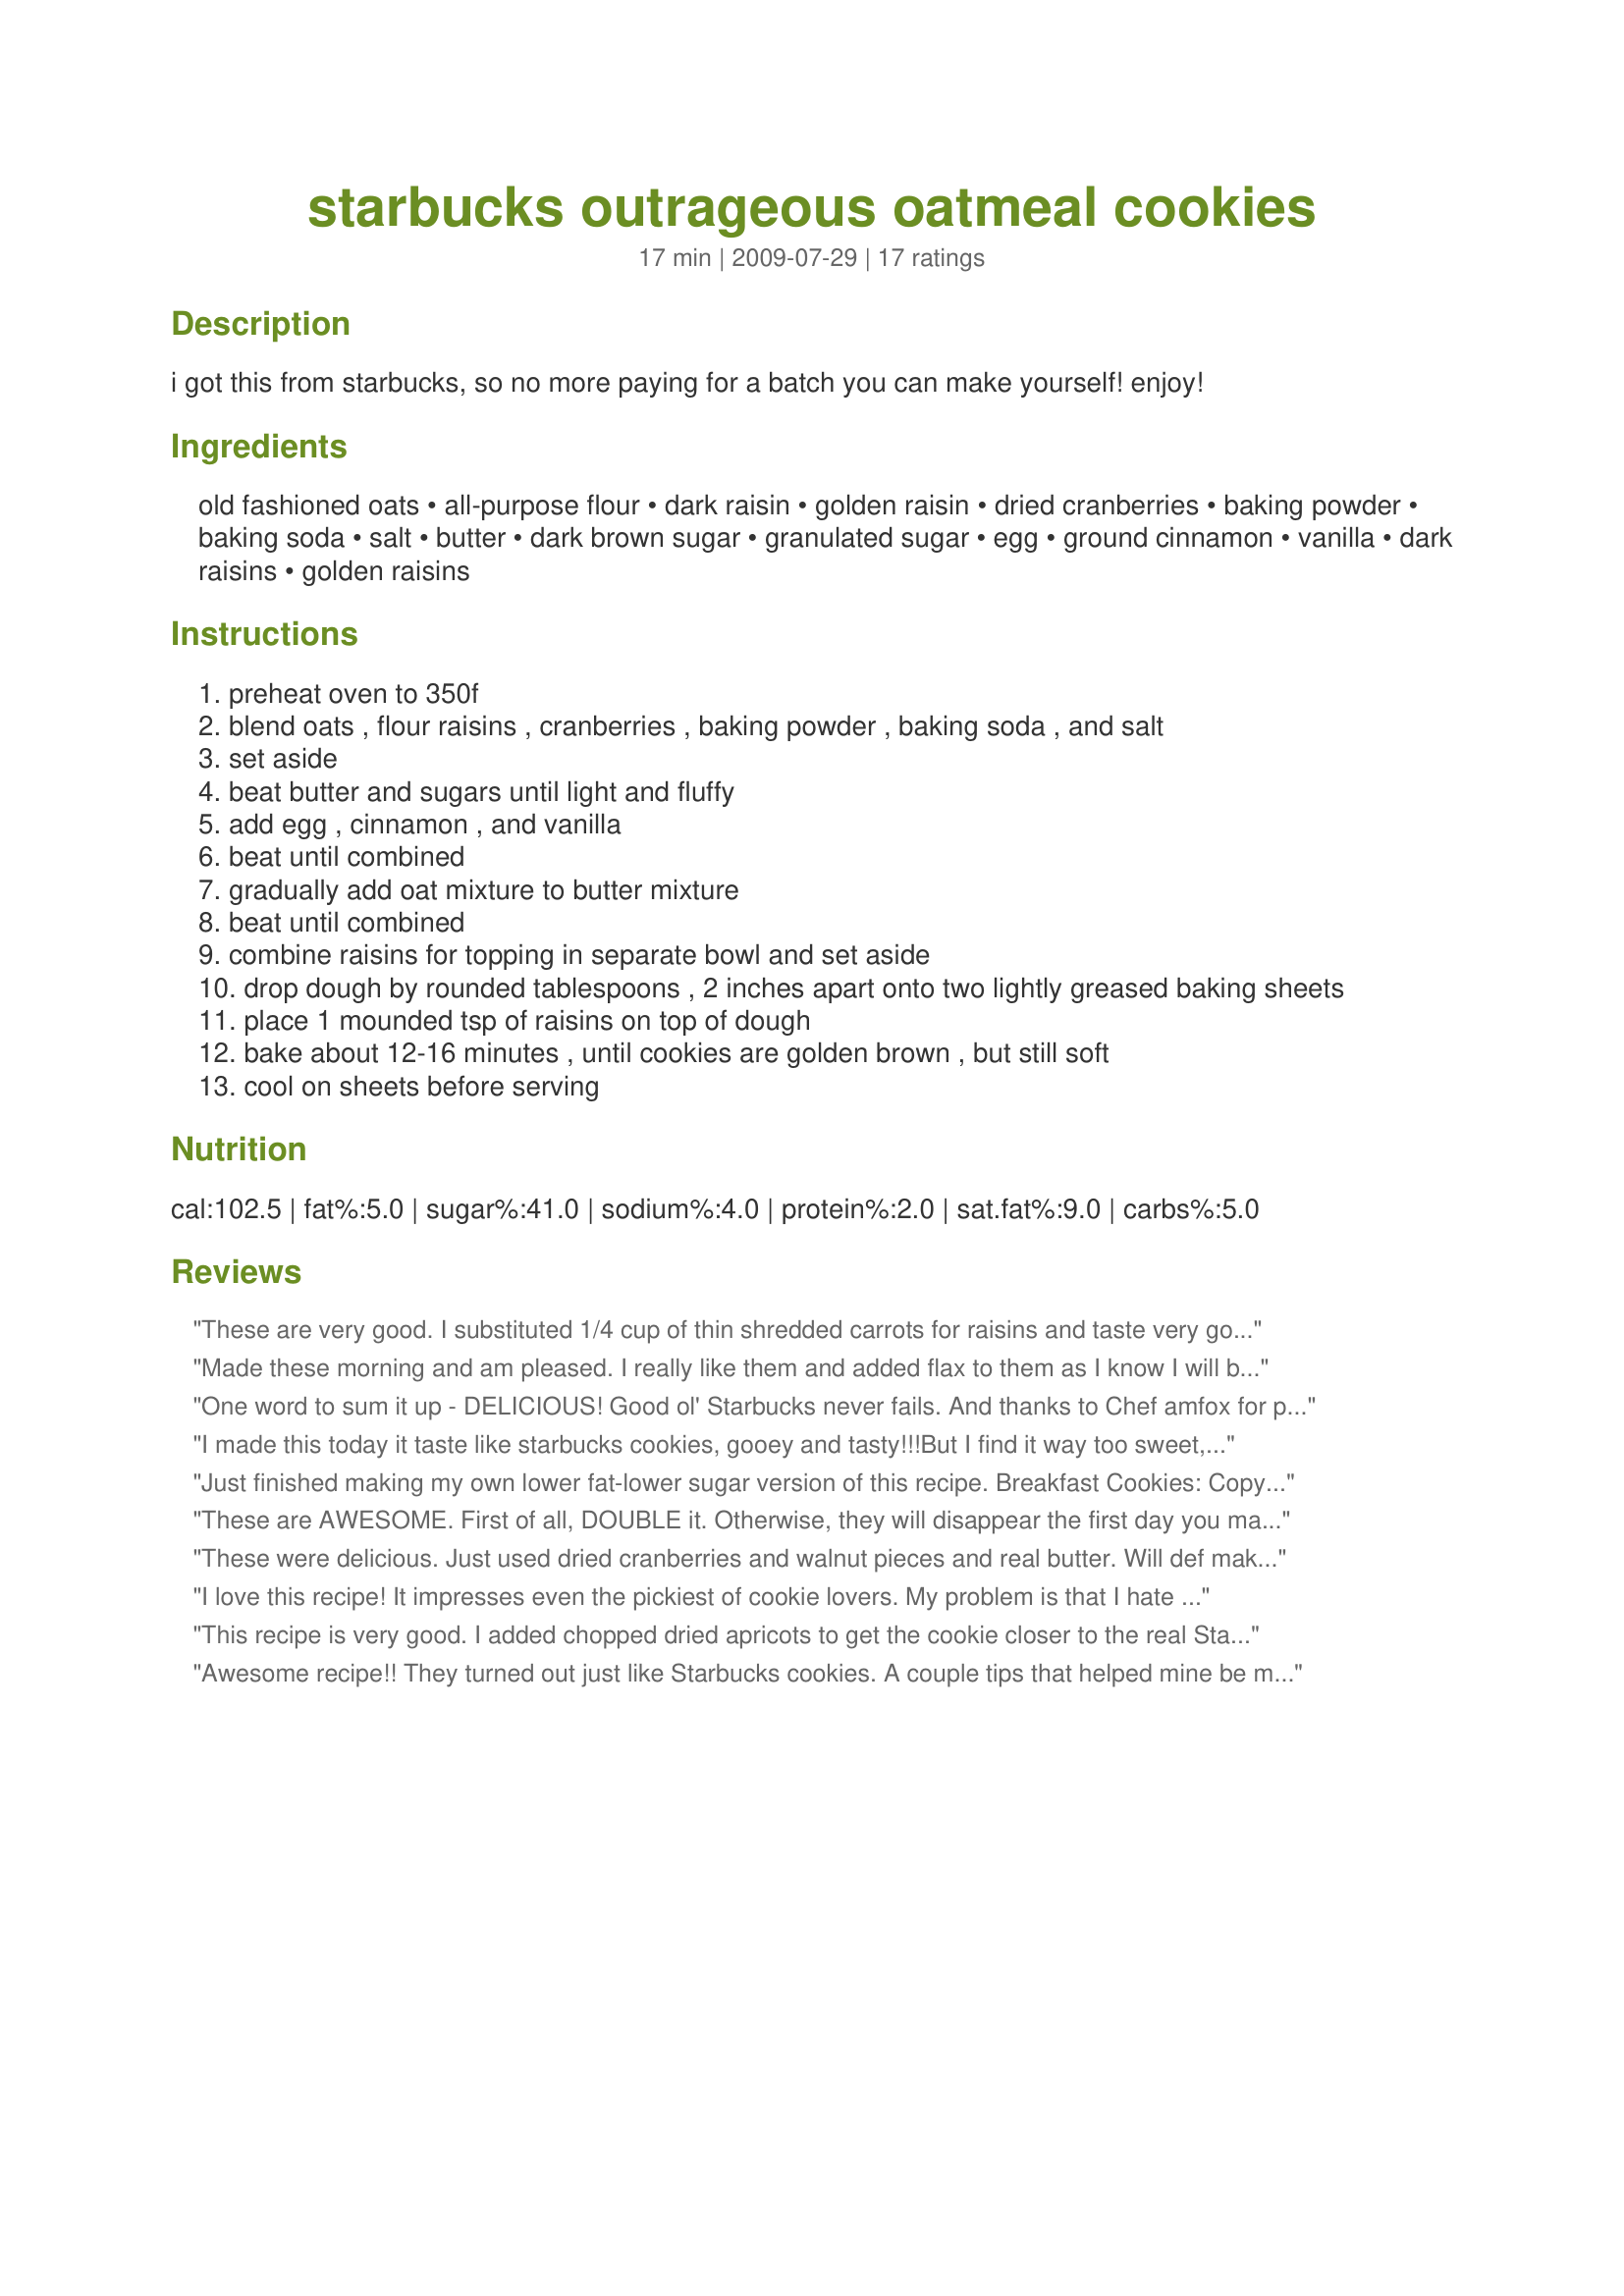
starbucks outrageous oatmeal cookies
Preparation time: 17 minutes

i got this from starbucks, so no more paying for a batch you can make yourself! enjoy!

Ingredients:
old fashioned oats, all-purpose flour, dark raisin, golden raisin, dried cranberries, baking powder, baking soda, salt, butter, dark brown sugar, granulated sugar, egg, ground cinnamon, vanilla, dark raisins, golden raisins

Steps:
preheat oven to 350f
blend oats , flour raisins , cranberries , baking powder , baking soda , and salt
set aside
beat butter and sugars until light and fluffy
add egg , cinnamon , and vanilla
beat until combined
gradually add oat mixture to butter mixture
beat until combined
combine raisins for topping in separate bowl and set aside
drop dough by rounded tablespoons , 2 inches apart onto two lightly greased baking sheets
place 1 mounded tsp of raisins on top of dough
bake about 12-16 minutes , until cookies are golden brown , but still soft
cool on sheets before serving

Reviews:
These are very good. I substituted 1/4 cup of thin shredded carrots for raisins and taste very good. my kids loved them. You can&#039;t taste the carrots if you add them.
Made these morning and am pleased. I really like them and added flax to them as I know I will be eating tons of these and must get a health benefit as well as a taste. Beats paying the price at Starbucks and the ones there are loaded with fat especially when you want more than one. I added more cranberries and raisins to dough. The raisins and cranberries ontop are what really take it to the next level. Thanks for recipe
One word to sum it up - DELICIOUS! Good ol' Starbucks never fails. And thanks to Chef amfox for posting! I only had golden raisins so omitted dark, and didn't use the extras for topping because it seemed enough to me. I just finished baking them (15minutes) and have already eaten 3! And I'm meant to be giving these away too. Photos don't do these cookies justice - you have to try them for yourself, they're worth it
I made this today it taste like starbucks cookies, gooey and tasty!!!But I find it way too sweet, next time I'll cut down the sugar. Thanks for posting! :)
Just finished making my own lower fat-lower sugar version of this recipe. Breakfast Cookies: CopyCat Starbucks Outrageous Oatmeal (reduced fat and reduced sugar). Substituted Truvia brown sugar blend for half the sugar content and used Imperial spread instead of butter. The dehydrated fruit includes finely diced Apple (20 grams); Sunsweet chopped dates (10 grams); Ocean Spray dried blueberries (20 grams); Sunsweet finely diced bite size dried prunes (3). Added (1/2 cup=82 grams) Ghirardelli mini-semi-sweet chocolate chips.
These are AWESOME. First of all, DOUBLE it. Otherwise, they will disappear the first day you make them. I tried to make it somewhat healthier which USUALLY means "yuck". Not this time. Here's what I did: added chopped walnuts, added ground flax, used whole wheat flour, substituted about 1/4 of the butter for unsweetened applesauce, and added unsweetened coconut. I also didn't add any white sugar at all. I stuck with the amount called for in regards to brown sugar. They were still sweet enough. My new favorite cookie! YUM
These were delicious. Just used dried cranberries and walnut pieces and real butter. Will def make these again and again!
I love this recipe! It impresses even the pickiest of cookie lovers. My problem is that I hate raisens. My solution? I got some buttercream frosting and blended some dried blueberries into it, topped each cookie with about half a tablespoon and voila. These cookies made my head spin!
This recipe is very good. I added chopped dried apricots to get the cookie closer to the real Starbucks outrageous oatmeal cookie they are currently selling (8/2013). I thought these were a bit sweeter than the original and would decrease the sugars for my next batch. I would also cut the salt in 1/2. Finally, I would bake mine slightly less, as they were more crunchy than chewy. :) Nice cookie and I&#039;m glad not to have to keep buying them...I&#039;m addicted. :)
Awesome recipe!! They turned out just like Starbucks cookies. A couple tips that helped mine be moist 1) put one oven rack on the bottom and one on the top and bake your cookies for 6 min on each rack, starting with the bottom rack. 2) pull your cookies out while the center is still soft and kind of gooey...you might think they don&#039;t look done but they&#039;ll finish baking on the cookie sheet. Thanks for the awesome recipe :)
I must second (or sixth at this point) the love for these cookies. I have no idea if they're like the original ones (Australia, where I'm at, is probably the last place on earth where there's no Starbucks), but they're definitely good enough to be sold in any good coffee shop. I wasn't sure how to beat the butter (in my case, margarine) and the sugar, so I just used a hand mixer to only-just cream it. I also learned the cooking time is pretty accurate and one should probably even err on the side of underbaking the cookies -- it seems like they are not cooked when you take them out as they're really soft and fall apart, but they do solidify and become a lot crisper after they cool down. The dried cranberries were really nice. The raisins on top is a really nice touch, and makes them extra special good. Mmm, thanks!
These were great & much more economical than the store!
This recipe creates cookies that are the same as in Starbuck's.
I don&#039;t normally eat the cookies I bake except to taste ... I must have eaten at least six of these! I didn&#039;t have any raisins so I increased the cranberries. I also reduced the sugars (both) and added dark chocolate chips. I did not top the cookies with cranberries. This is going to be added to my favorites. Mahalo for sharing this onolicious recipe!
Yum! Great recipe, but double it. It doesn't make nearly enough.
As we have (as yet) no Starbucks here I do not know how these cookies compare to "the real thing". What I do know is that these cookies are very nice indeed! <br/>Made them just as stated, got 24 cookies and they baked for 15 minutes. They are crispy on the edges and slightly chewy in the middle. Adding both raisins and dried cranberries gives a very nice taste.<br/>Thanks for posting.
This is a great recipe. It is definitely sweet, so if you like it a little more savory, cut down on the sugar!! I use only cranberries, and leave out the cinnamon (personal preference) and I use gluten-free flour blend for the flour. They come out WONDERFUL!!!
